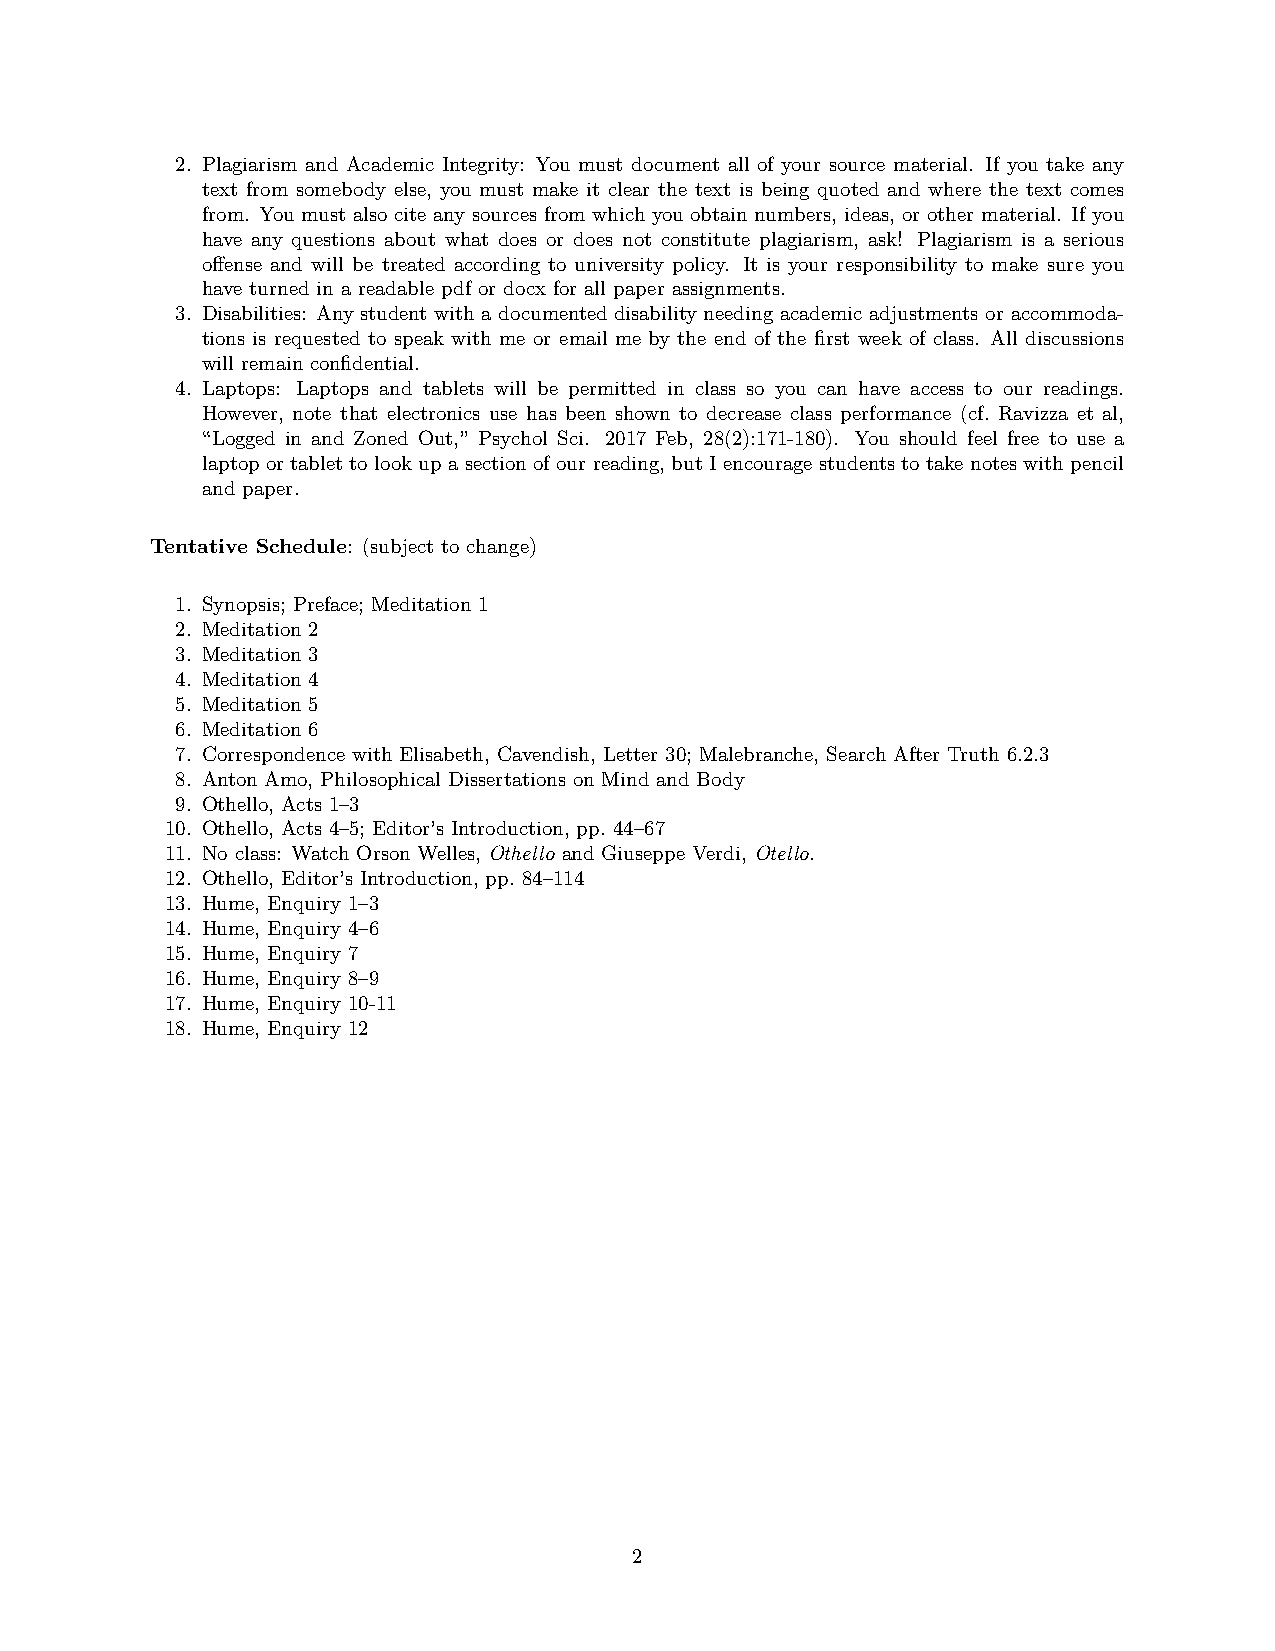
2. Plagiarism and Academic Integrity: You must document all of your source material. If you take any
 text from somebody else, you must make it clear the text is being quoted and where the text comes
 from. You must also cite any sources from which you obtain numbers, ideas, or other material. If you
 have any questions about what does or does not constitute plagiarism, ask! Plagiarism is a serious
 offense and will be treated according to university policy. It is your responsibility to make sure you
 have turned in a readable pdf or docx for all paper assignments.
 3. Disabilities: Any student with a documented disability needing academic adjustments or accommoda-
 tions is requested to speak with me or email me by the end of the first week of class. All discussions
 will remain confidential.
 4. Laptops: Laptops and tablets will be permitted in class so you can have access to our readings.
 However, note that electronics use has been shown to decrease class performance (cf. Ravizza et al,
 “Logged in and Zoned Out,” Psychol Sci. 2017 Feb, 28(2):171-180). You should feel free to use a
 laptop or tablet to look up a section of our reading, but I encourage students to take notes with pencil
 and paper.
 Tentative Schedule: (subject to change)
 1. Synopsis; Preface; Meditation 1
 2. Meditation 2
 3. Meditation 3
 4. Meditation 4
 5. Meditation 5
 6. Meditation 6
 7. Correspondence with Elisabeth, Cavendish, Letter 30; Malebranche, Search After Truth 6.2.3
 8. Anton Amo, Philosophical Dissertations on Mind and Body
 9. Othello, Acts 1–3
 10. Othello, Acts 4–5; Editor’s Introduction, pp. 44–67
 11. No class: Watch Orson Welles, Othello and Giuseppe Verdi, Otello.
 12. Othello, Editor’s Introduction, pp. 84–114
 13. Hume, Enquiry 1–3
 14. Hume, Enquiry 4–6
 15. Hume, Enquiry 7
 16. Hume, Enquiry 8–9
 17. Hume, Enquiry 10-11
 18. Hume, Enquiry 12
 2